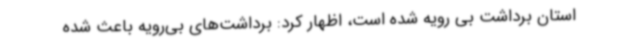
استان برداشت بی رویه شده است، اظهار کرد: برداشت‌های بی‌رویه باعث شده